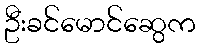
ဦးခင်မောင်ဆွေက